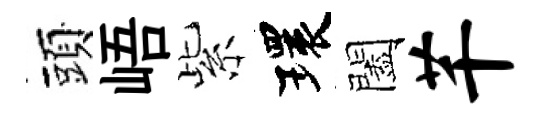
頭峿紫環闔芊